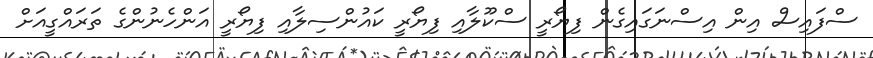
ސްފައިސް އިން އިސްނަގައިގެން ފިޔޯރީ ސްކޫލާއި ފިޔޯރީ ކައުންސިލާއި ފިޔޯރީ އަންހެނުންގެ ތަރައްގީއަށް